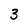
Character: 3